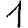
Digit: 1